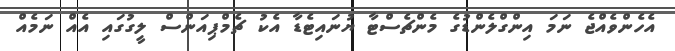
އެހެންވެއްޖެ ނަމަ އިންގްލެންޑުގެ މެންޗެސްޓާ ޔުނައިޓެޑާ އެކު ޗެމްޕިއަންސް ލީގުގައި އެއް ނަމެއް